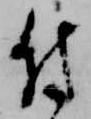
付